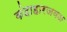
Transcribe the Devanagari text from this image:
कंदाहारजवळ